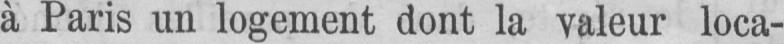
à Paris un logement dont la valeur loca-